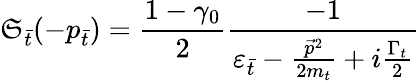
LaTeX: \mathfrak{S}_{\bar{{t}}}(-p_{\bar{{t}}})=\frac{{1-{\gamma}_{0}}}{{2}}\frac{{-1}}{{{\varepsilon}_{\bar{{t}}}-\frac{{{\vec{{p}}}^{2}}}{{2m_{t}}}+i\frac{{{\Gamma}_{t}}}{{2}}}}